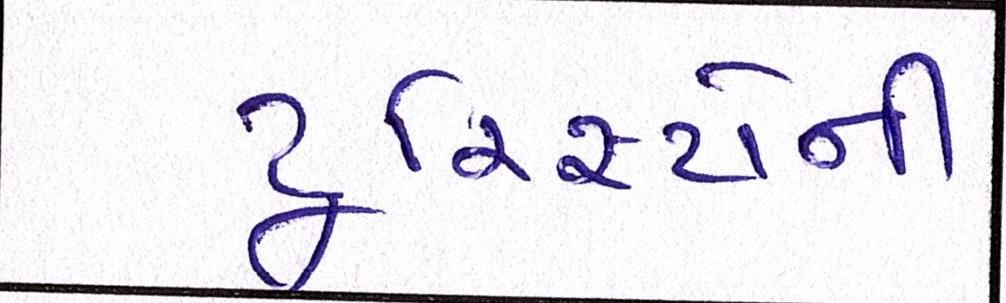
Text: ટૂરિસ્ટોની